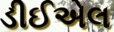
ડીઈએલ